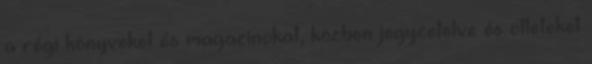
a régi könyveket és magazinokat, közben jegyzetelve és ötleteket